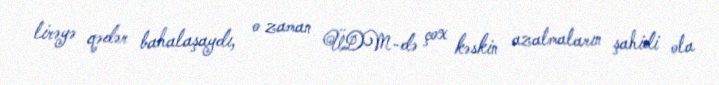
lirəyə qədər bahalaşaydı, o zaman ÜDM-də çox kəskin azalmaların şahidi ola